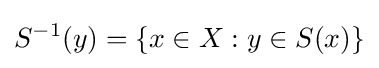
S^{-1}(y)=\{x\in X:y\in S(x)\}